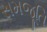
સમજૂતિ